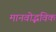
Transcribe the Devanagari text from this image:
मानवोद्भविक